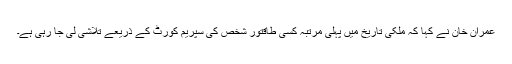
عمران خان نے کہا کہ ملکی تاریخ میں پہلی مرتبہ کسی طاقتور شخص کی سپریم کورٹ کے ذریعے تلاشی لی جا رہی ہے۔